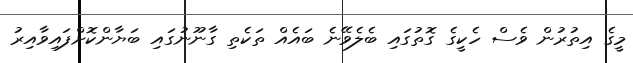
މީގެ އިތުރުން ވެސް ހެކީގެ ގޮތުގައި ބެލެވޭނެ ބައެއް ތަކެތި ގާނޫނުގައި ބަޔާންކޮށްފައިވާއިރު